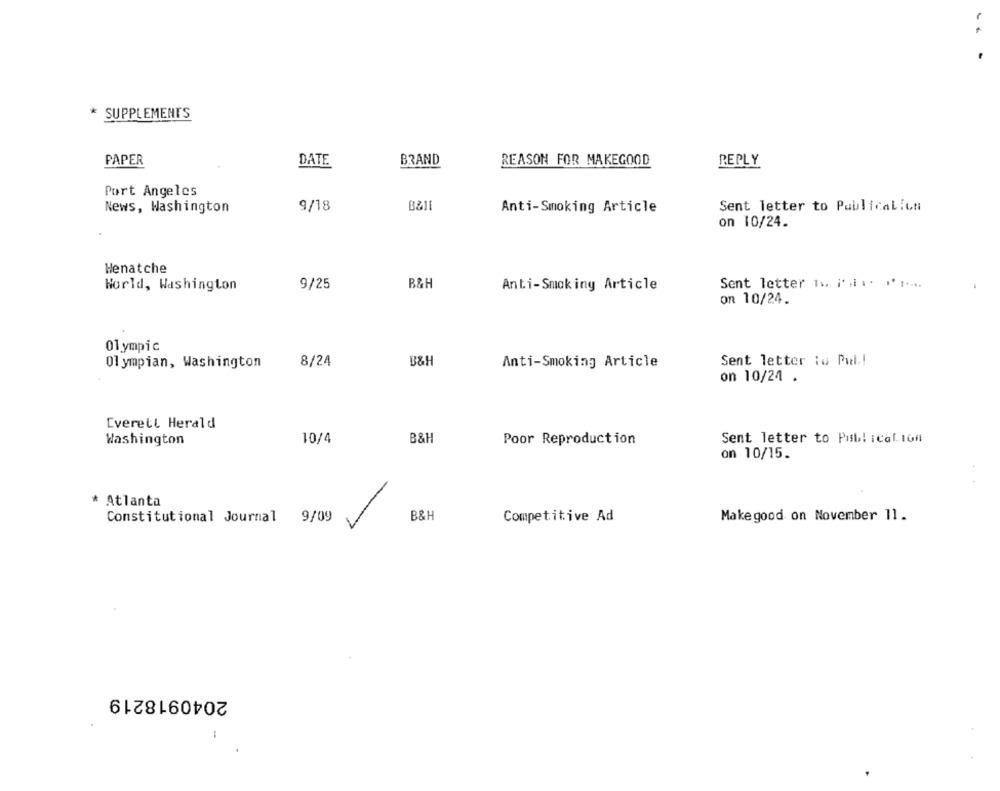
. .
* SUPPLEMENTS
PAPER
DATE
BRAND
REASON FOR MAKEGOOD
REPLY
Port Angeles
B&Il
News, Washington
9/18
Anti-Smoking Article
Sent letter to Publicalich
on 10/24.
Henatche
9/25
B&H
Anti-Smoking Article
Sent letter is i' .. .......
World, Washington
on 10/24.
Olympic
Olympian, Washington
8/24
B&H
Anti-Smoking Article
Sent letter io Pul .!
on 10/24 .
Everett Herald
Washington
10/4
B&H
Poor Reproduction
Sent letter to Pisb! : cal. toil
on 10/15.
* Atlanta
Constitutional Journal
9/09
B&H
Competitive Ad
Makegood on November 11.
2040918219